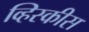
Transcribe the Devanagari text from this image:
व्हिस्कीस